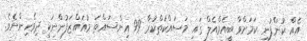
އެއް ކުންފުނި ކަމަށްވާ ބީއެމްއެލް ގައި މަސައްކަތްކުރާ 99 އިންސައްތަ މުއައްޒަފުންނަކީ ދިވެހިންނެވެ.